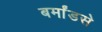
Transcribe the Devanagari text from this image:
बर्मांडसे